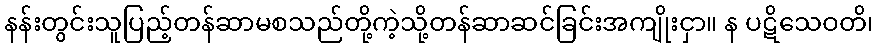
နန်းတွင်းသူပြည့်တန်ဆာမစသည်တို့ကဲ့သို့တန်ဆာဆင်ခြင်းအကျိုးငှာ။ န ပဋိသေဝတိ၊